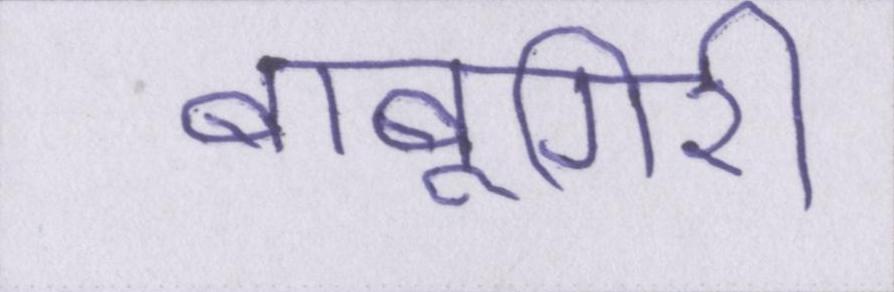
बाबूगिरी